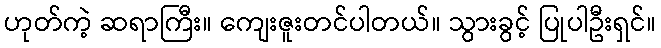
ဟုတ်ကဲ့ ဆရာကြီး။ ကျေးဇူးတင်ပါတယ်။ သွားခွင့် ပြုပါဦးရှင်။